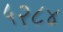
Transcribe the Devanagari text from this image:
५२८४